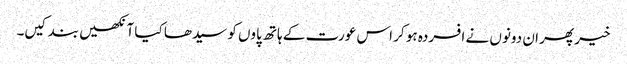
خیر پھر ان دونوں نے افسردہ ہو کر اس عورت کے ہاتھ پاوں کو سیدھا کیا آنکھیں بند کیں۔